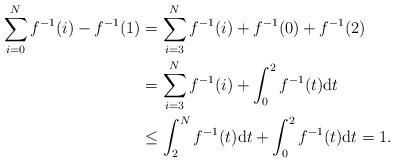
LaTeX: \begin{align*}\sum_{i=0}^N f^{-1}(i)-f^{-1}(1)&=\sum_{i=3}^N f^{-1}(i)+f^{-1}(0)+f^{-1}(2)\\&=\sum_{i=3}^N f^{-1}(i)+ \int_0^2 f^{-1}(t)\mathrm{d} t\\&\leq \int_2^N f^{-1}(t)\mathrm{d} t+\int_0^2 f^{-1}(t)\mathrm{d} t = 1.\end{align*}